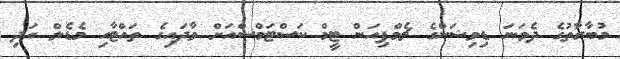
މުބާރާތުގެ ދެވަނަ ޑިވިޝަންގެ ޗެމްޕިއަން ޓީމް ކަސްޓަމްސްއަށް ވާދައިގެ ތައްޓާއި މެޑެލް އަދި